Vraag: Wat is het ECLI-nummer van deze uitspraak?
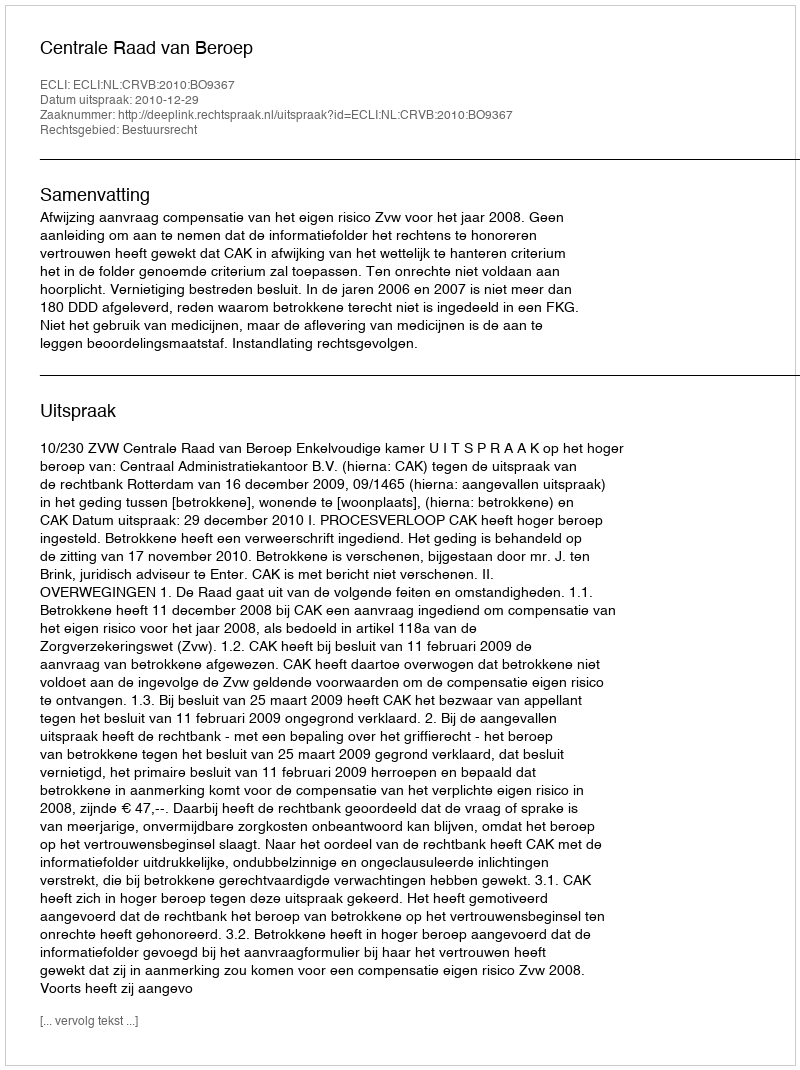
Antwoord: ECLI:NL:CRVB:2010:BO9367